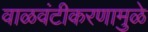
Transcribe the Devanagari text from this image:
वाळवंटीकरणामुळे